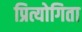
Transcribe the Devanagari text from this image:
प्रित्योगिता